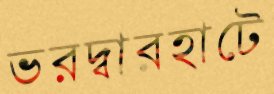
ভরদ্বারহাটে